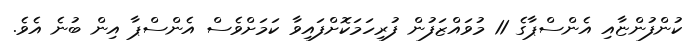
ކުންފުންޏާއި އެންސްޕާގެ 11 މުވައްޒަފުން ފުރިހަމަކޮށްފައިވާ ކަމަށްވެސް އެންސްޕާ އިން ބުނެ އެވެ.